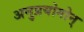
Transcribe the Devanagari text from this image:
अनुप्रयोगोन्